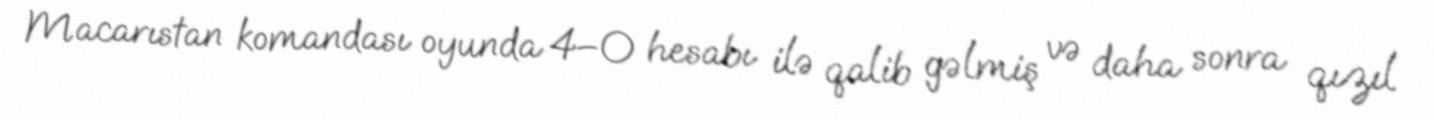
Macarıstan komandası oyunda 4–0 hesabı ilə qalib gəlmiş və daha sonra qızıl